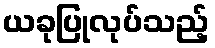
ယခုပြုလုပ်သည့်